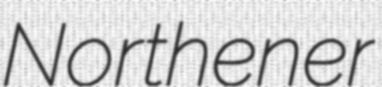
Northener